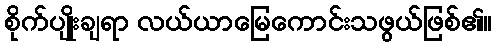
စိုက်ပျိုးချရာ လယ်ယာမြေကောင်းသဖွယ်ဖြစ်၏။